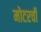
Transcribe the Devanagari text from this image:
मोटरची